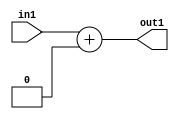
`timescale 1ps / 1ps
/*****************************************************************************
    Verilog RTL Description
    
    
    Created by: Stratus DpOpt 2019.1.01 
*******************************************************************************/

module ColorTransform_Add_2U_16_4 (
	in1,
	out1
	); /* architecture "behavioural" */ 
input [1:0] in1;
output [1:0] out1;
wire [1:0] asc001;

assign asc001 = 
	+(in1)
	+(2'B00);

assign out1 = asc001;
endmodule

/* CADENCE  urn0Tg8= : u9/ySgnWtBlWxVPRXgAZ4Og= ** DO NOT EDIT THIS LINE ******/